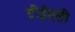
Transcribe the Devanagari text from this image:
टीईएसी